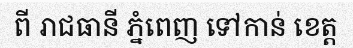
ពី រាជធានី ភ្នំពេញ ទៅកាន់ ខេត្ត